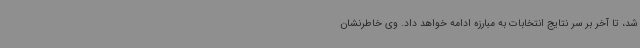
شد، تا آخر بر سر نتایج انتخابات به مبارزه ادامه خواهد داد. وی خاطرنشان